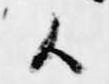
候